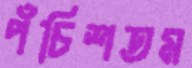
পঁচিশতম